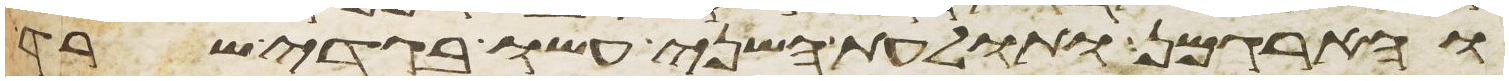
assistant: והארגמן ותולעת השני עשו בגדי שרד